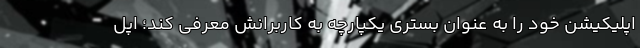
اپلیکیشن خود را به عنوان بستری یکپارچه به کاربرانش معرفی کند؛ اپل